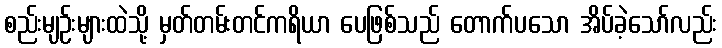
စည်းမျဉ်းများထဲသို့ မှတ်တမ်းတင်ကရိယာ ပေဖြစ်သည် တောက်ပသော အိပ်ခဲ့သော်လည်း